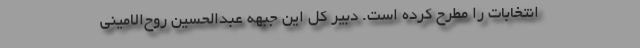
انتخابات را مطرح کرده است. دبیر کل این جبهه عبدالحسین روح‌الامینی